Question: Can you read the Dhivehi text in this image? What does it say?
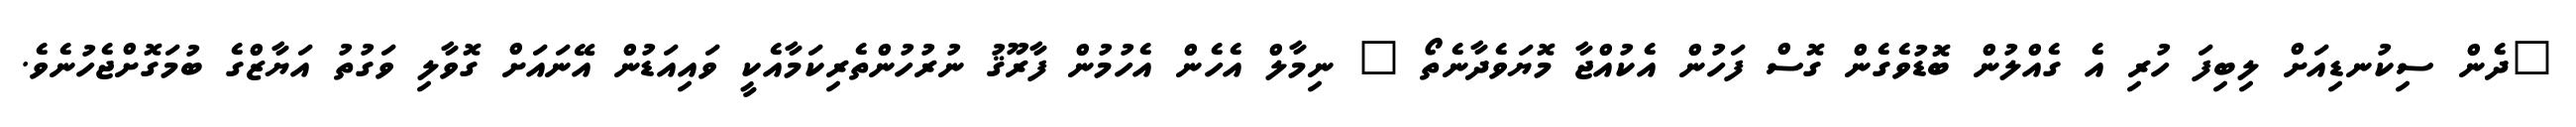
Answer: "ދެން ސިކުނޑިއަށް ލިބިފަ ހުރި އެ ގެއްލުން ބޮޑުވެގެން ގޮސް ފަހުން އެކުއްޖާ މޮޔަވެދާނެތޯ " ނިމާލް އެހެން އެހުމުން ފާރޫޤު ނުރުހުންތެރިކަމާއެކީ ވައިއަޑުން އޭނައަށް ގޮވާލި ވަގުތު އަޔާޒްގެ ބުމަގޮށްޖެހުނެވެ.